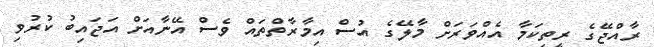
ރާއްޖޭގެ ރީތިކަމާ އެއްވަރަށް މާލޭގެ އުސް އިމާރާތްތައް ވެސް އޭނާއަށް އަޖައިބު ކުރުވި